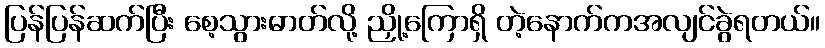
ပြန်ပြန်ဆက်ပြီး စေ့သွားဓာတ်လို့ ညှို့ကြောရှိ တဲ့နောက်ကအလျင်ခွဲရတယ်။